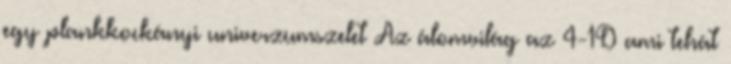
egy plankkockányi univerzumszelet Az álomvilág az 4-1D ami tehát